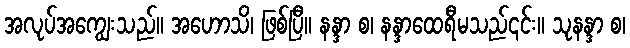
အလုပ်အကျွေးသည်။ အဟောသိ၊ ဖြစ်ပြီ။ နန္ဒာ စ၊ နန္ဒာထေရီမသည်၎င်း။ သုနန္ဒာ စ၊